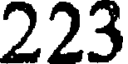
223